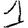
Digit: 1